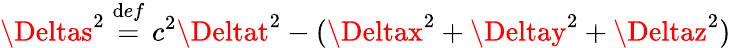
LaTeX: \Deltas^{2}\; {\overset{\mathrm{d}ef}{=}}\; c^{2}\Deltat^{2}-(\Deltax^{2}+\Deltay^{2}+\Deltaz^{2})